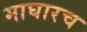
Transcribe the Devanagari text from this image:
माघारच